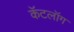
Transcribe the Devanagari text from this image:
कॅटलॉग